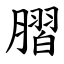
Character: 䐲